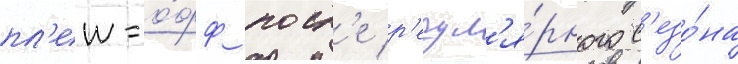
пл'еи-о́фф посл'е р'егул'я́рного с'езо́на